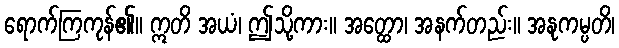
ရောက်ကြကုန်၏။ ဣတိ အယံ၊ ဤသို့ကား။ အတ္ထော၊ အနက်တည်း။ အနုကမ္ပတိ၊